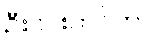
ဦးဝင်းတင်က